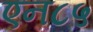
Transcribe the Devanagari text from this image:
एन८५